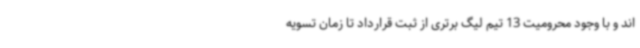
اند و با وجود محرومیت 13 تیم لیگ برتری از ثبت قرارداد تا زمان تسویه